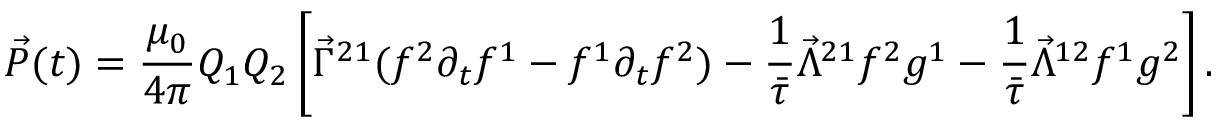
\vec { P } ( t ) = \frac { \mu _ { 0 } } { 4 \pi } Q _ { 1 } Q _ { 2 } \left[ \vec { \Gamma } ^ { 2 1 } ( f ^ { 2 } \partial _ { t } f ^ { 1 } - f ^ { 1 } \partial _ { t } f ^ { 2 } ) - \frac { 1 } { \bar { \tau } } \vec { \Lambda } ^ { 2 1 } f ^ { 2 } g ^ { 1 } - \frac { 1 } { \bar { \tau } } \vec { \Lambda } ^ { 1 2 } f ^ { 1 } g ^ { 2 } \right] .